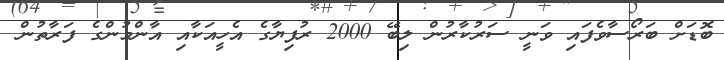
ބޮޑަށް ބަރޯސާވެފައި ވަނީ ސަރުކާރުން ލިބޭ 2000 ރުފިޔާގެ އެހީއަކާއި އާންމުންގެ ފަރާތުން